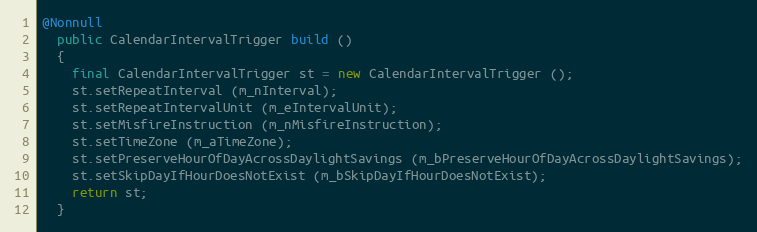
Language: Java
@Nonnull
  public CalendarIntervalTrigger build ()
  {
    final CalendarIntervalTrigger st = new CalendarIntervalTrigger ();
    st.setRepeatInterval (m_nInterval);
    st.setRepeatIntervalUnit (m_eIntervalUnit);
    st.setMisfireInstruction (m_nMisfireInstruction);
    st.setTimeZone (m_aTimeZone);
    st.setPreserveHourOfDayAcrossDaylightSavings (m_bPreserveHourOfDayAcrossDaylightSavings);
    st.setSkipDayIfHourDoesNotExist (m_bSkipDayIfHourDoesNotExist);
    return st;
  }